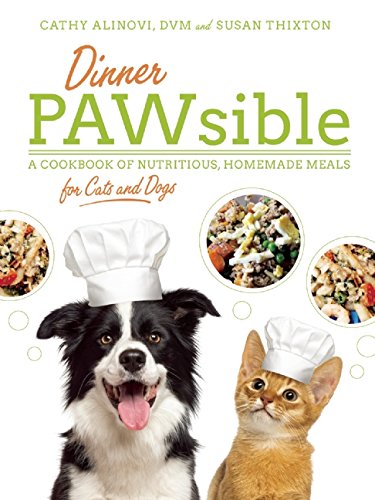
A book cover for Dinner PAWsible: A Cookbook of Nutritious, Homemade Meals for Cats and Dogs; D.V.M. Cathy Alinovi; Crafts, Hobbies & Home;